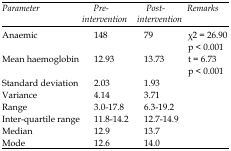
| Parameter | Pre-intervention | Post-intervention | Remarks |
 | --- | --- | --- | --- |
 | Anaemic | 148 | 79 | χ2 = 26.90p < 0.001 |
 | Mean haemoglobin | 12.93 | 13.73 | t = 6.73p < 0.001 |
 | Standard deviation | 2.03 | 1.93 |  |
 | Variance | 4.14 | 3.71 |  |
 | Range | 3.0-17.8 | 6.3-19.2 |  |
 | Inter-quartile range | 11.8-14.2 | 12.7-14.9 |  |
 | Median | 12.9 | 13.7 |  |
 | Mode | 12.6 | 14.0 |  |